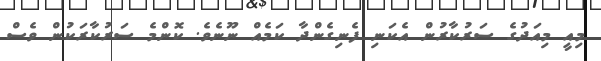
މިއީ މިއަދުގެ ސަރުކާރުން އެކަނި ފެނިގެންދާ ކަމެއް ނޫނެވެ. ކޮންމެ ސަރުކާރަކުން ވެސް